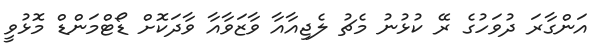
އަންގާރަ ދުވަހުގެ ރޭ ކުޅުނު މެޗު ލެޖިއާއާ ވާޒަވާއާ ވާދަކޮށް ޑޯޓްމަންޑް މޮޅުވީ